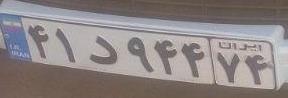
۴۱د۹۴۴۷۴